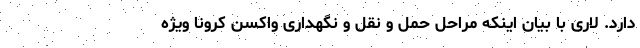
دارد. لاری با بیان اینکه مراحل حمل و نقل و نگهداری واکسن کرونا ویژه